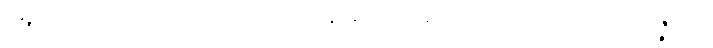
ဝ၉၀+ဝ၉၁+ ပဒါလေယျ၊ ဖောက်ခွနိုင်ရာ၏။ ဆဝါယ၊ ယုတ်သော။ အဝိဇ္ဇာယ၊